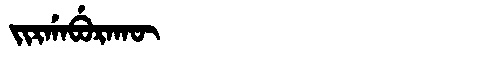
Manchu: ᠵᡳᡵᡤᠠᠪᡠᡵᠠᡴᡡ
Romanization: JIRGABURAKŪ